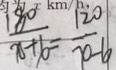
\frac { 1 8 0 } { x + 6 } = \frac { 1 2 0 } { x - 4 }